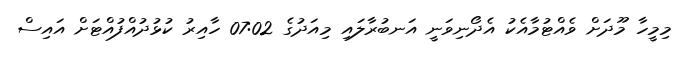
މިމީހާ މޫދަށް ވެއްޓުމާއެކު އެދޯނިވަނީ އަނބުރާލައި މިއަދުގެ 07:02 ހާއިރު ކުޅުދުއްފުއްޓަށް އައިސް